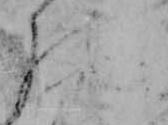
の